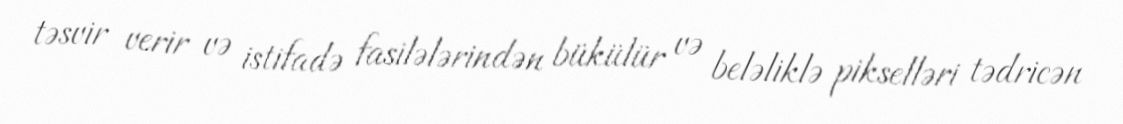
təsvir verir və istifadə fasilələrindən bükülür və beləliklə pikselləri tədricən